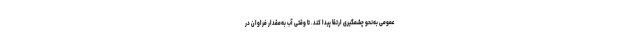
عمومی به‌نحو چشمگیری ارتقا پیدا کند. تا وقتی آب به‌مقدار فراوان در